Civil Veterinary Dept. North-West Frontier Province 1933-46 - 1933-1946
Year: 1933
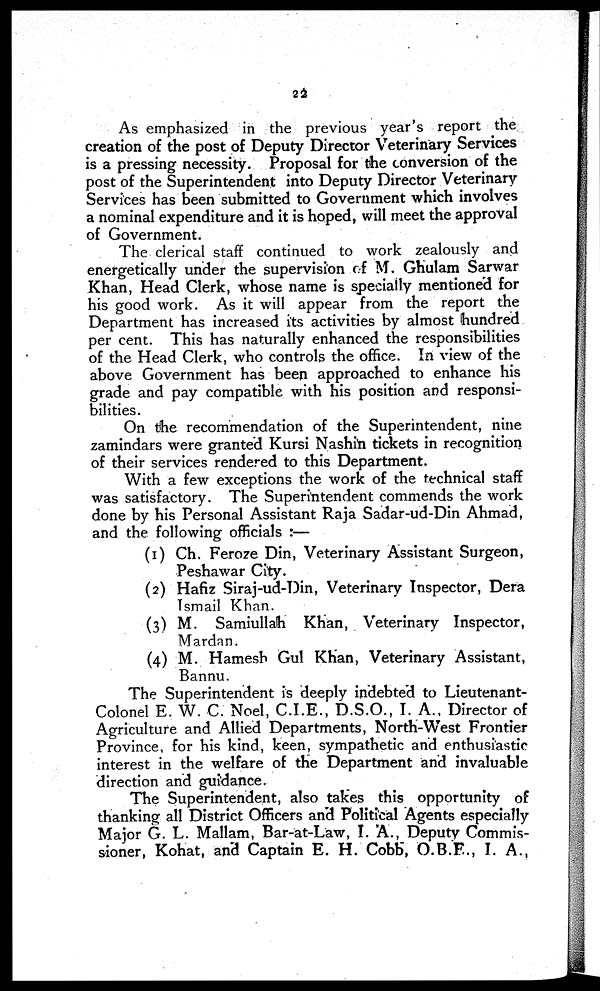
22
As emphasized in the previous year's report the
creation of the post of Deputy Director Veterinary Services
is a pressing necessity. Proposal for the conversion of the
post of the Superintendent into Deputy Director Veterinary
Services has been submitted to Government which involves
a nominal expenditure and it is hoped, will meet the approval
of Government.
The clerical staff continued to work zealously and
energetically under the supervision of M. Ghulam Sarwar
Khan, Head Clerk, whose name is specially mentioned for
his good work. As it will appear from the report the
Department has increased its activities by almost hundred
per cent. This has naturally enhanced the responsibilities
of the Head Clerk, who controls the office. In view of the
above Government has been approached to enhance his
grade and pay compatible with his position and responsi-
bilities.
On the recommendation of the Superintendent, nine
zamindars were granted Kursi Nashin tickets in recognition
of their services rendered to this Department.
With a few exceptions the work of the technical staff
was satisfactory. The Superintendent commends the work
done by his Personal Assistant Raja Sadar-ud-Din Ahmad,
and the following officials :—
(1) Ch. Feroze Din, Veterinary Assistant Surgeon,
Peshawar City.
(2) Hafiz Siraj-ud-Din, Veterinary Inspector, Dera
Ismail Khan.
(3) M. Samiullah Khan, Veterinary Inspector,
Mardan.
(4) M. Hamesh Gul Khan, Veterinary Assistant,
Bannu.
The Superintendent is deeply indebted to Lieutenant-
Colonel E. W. C. Noel, C.I.E., D.S.O., I. A., Director of
Agriculture and Allied Departments, North-West Frontier
Province, for his kind, keen, sympathetic and enthusiastic
interest in the welfare of the Department and invaluable
direction and guidance.
The Superintendent, also takes this opportunity of
thanking all District Officers and Political Agents especially
Major G. L. Mallam, Bar-at-Law, I. A., Deputy Commis-
sioner, Kohat, and Captain E. H. Cobb, O.B.E., I. A.,